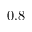
0 . 8